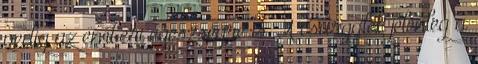
pedig az emberi egészségre is. A csurgalék jelenleg a